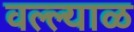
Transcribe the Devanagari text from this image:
वल्ल्याळ